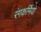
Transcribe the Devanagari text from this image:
रंगकर्मियो